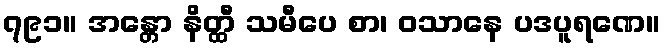
၇၉၁။ အန္တော နိတ္ထီ သမီပေ စာ၊ ဝသာနေ ပဒပူရဏေ။